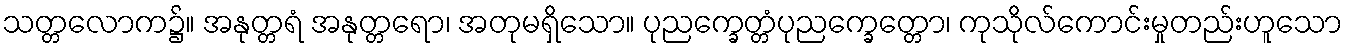
သတ္တလောက၌။ အနုတ္တရံ အနုတ္တရော၊ အတုမရှိသော။ ပုညက္ခေတ္တံပုညက္ခေတ္တော၊ ကုသိုလ်ကောင်းမှုတည်းဟူသော